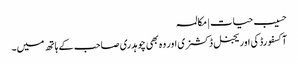
حسیب حیات | مکالمہ
آکسفورڈ کی اوریجنل ڈکشنری اور وہ بھی چوہدری صاحب کے ہاتھ میں۔